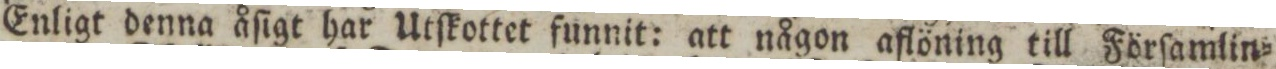
Enligt denna åſigt har Utſkottet funnit: att någon aflöning till Förſamlin=